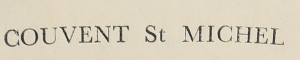
Couvent St Michel